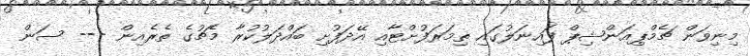
މިނިވަން ޗެމްޕިއަންޝިޕް ފައިނަލުގައި ތިމަރަފުށްޓާއި އޭދަފުށި ބައްދަލުކުރާ މެޗުގެ ތެރެއިން --- ސަން